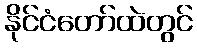
နိုင်ငံတော်ထဲတွင်